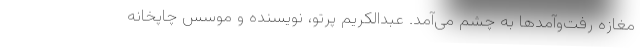
مغازه رفت‌وآمدها به چشم می‌آمد. عبدالکریم پرتو، نویسنده و موسس چاپخانه